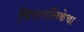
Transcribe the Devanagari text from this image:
पित्तनलिकेचा